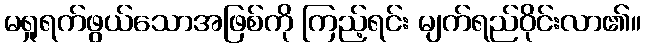
မရှုရက်ဖွယ်သောအဖြစ်ကို ကြည့်ရင်း မျက်ရည်ဝိုင်းလာ၏။